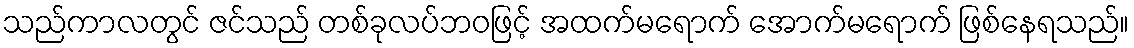
သည်ကာလတွင် ဇင်သည် တစ်ခုလပ်ဘဝဖြင့် အထက်မရောက် အောက်မရောက် ဖြစ်နေရသည်။